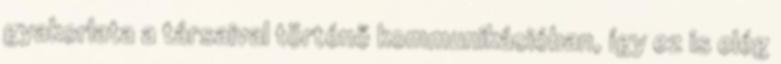
gyakorlata a társaival történő kommunikációban, így ez is elég